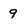
Character: 9